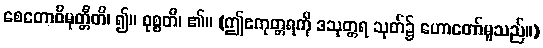
စေတောဝိမုတ္တီတိ၊ ၍။ ဝုစ္စတိ၊ ၏။ (ဤဧကုတ္တရကို ဒသုတ္တရ သုတ်၌ ဟောတော်မူသည်။)